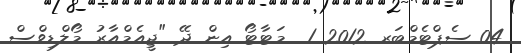
04 ސެޕްޓެމްބަރ 2012 1  މަޓާޓޯ އިން ދޭ "ޖީއެމްއާރު މޯލްޑިވްސް